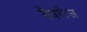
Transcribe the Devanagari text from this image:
बैबरीज